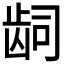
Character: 𬹿